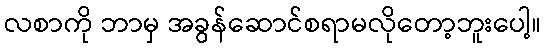
လစာကို ဘာမှ အခွန်ဆောင်စရာမလိုတော့ဘူးပေါ့။